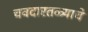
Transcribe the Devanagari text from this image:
चवदारतळ्याचे